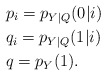
\begin{align*}&p_i=p_{Y|Q}(0|i)\\&q_i=p_{Y|Q}(1|i)\\&q=p_{Y}(1).\end{align*}